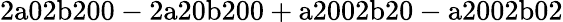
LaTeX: \mathrm{2a02b200-2a20b200+a2002b20-a2002b02}